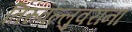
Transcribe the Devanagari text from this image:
तिरुवल्लुवरांना